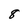
Character: 8